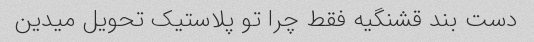
دست بند قشنگیه فقط چرا تو پلاستیک تحویل میدین